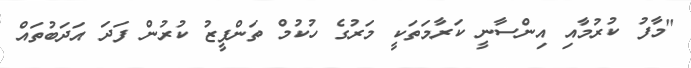
"މާފު ކުރުމާއި އިންސާނީ ކަރާމަތަކީ މަރުގެ ހުކުމް ތަންފީޒު ކުރުން ފަދަ އަދަބުތައް